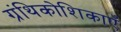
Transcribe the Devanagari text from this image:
ग्रंथिकोशिकाएँ